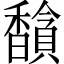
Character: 𬳦